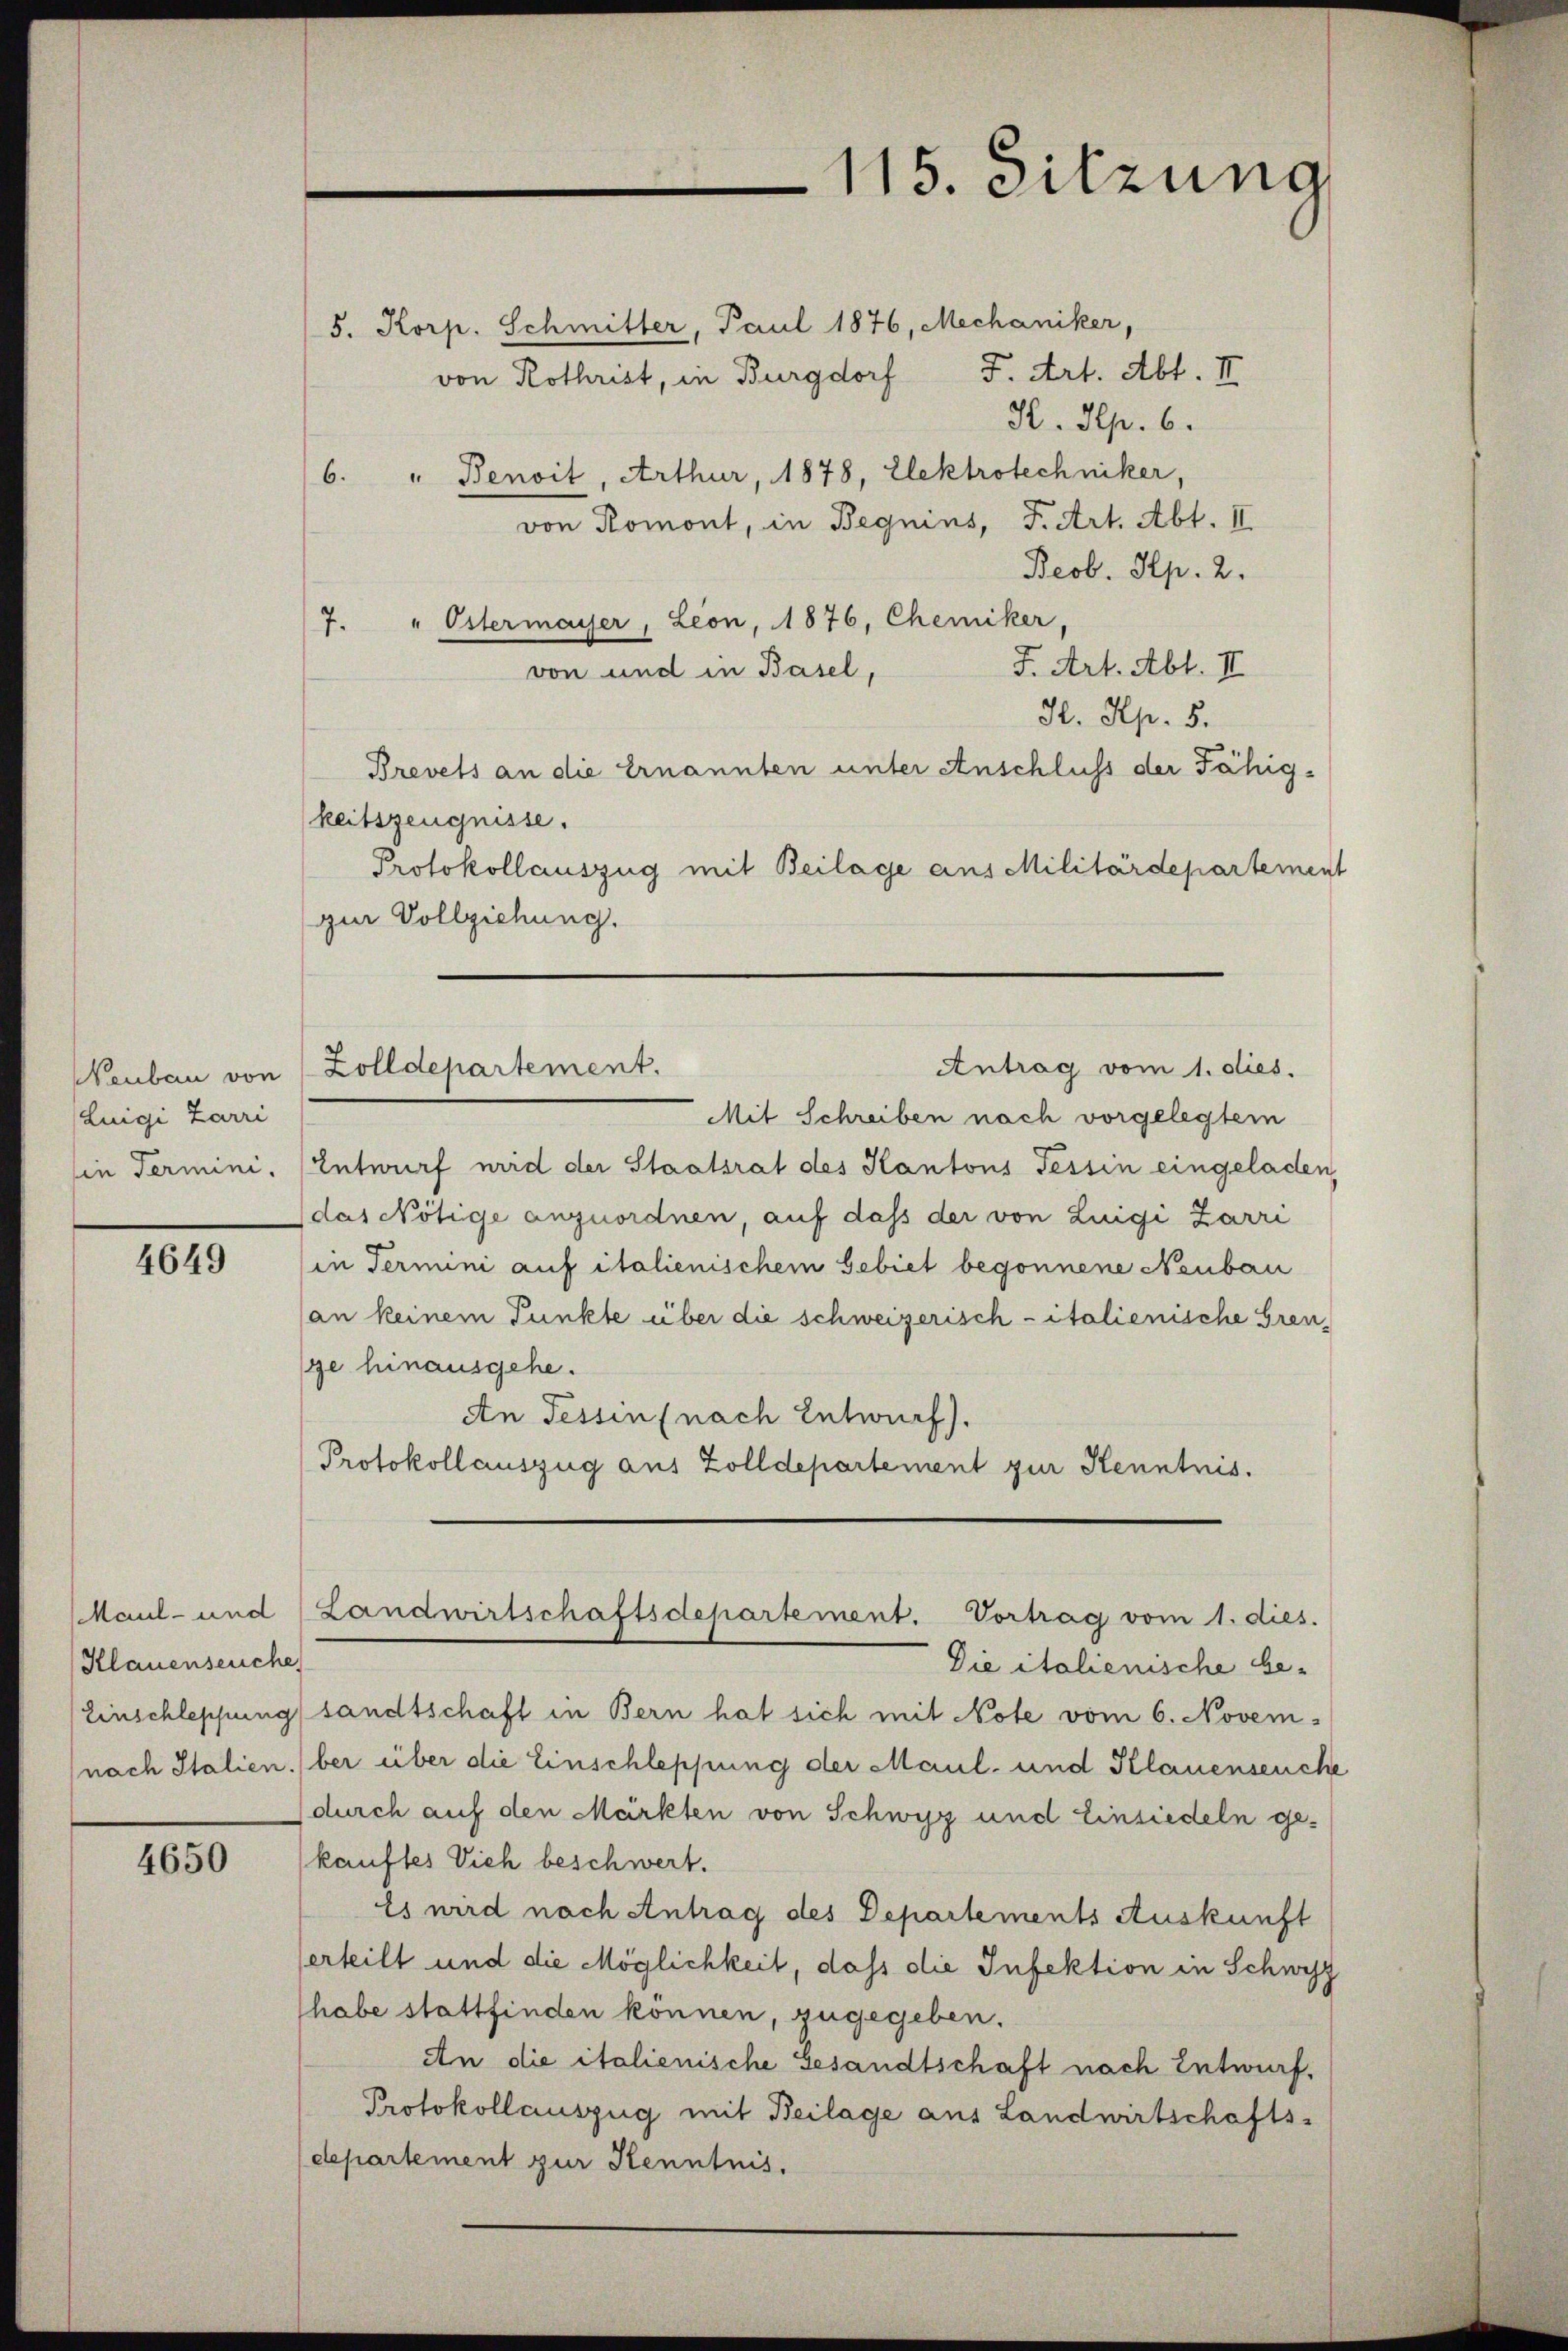
Neubau von
Luigi Zarri
in Termini.

4649

Maul- und
Klauenseuche

4650

5. Korp. Schmitter, Paul 1876, Mechaniker,
F. Art. Abt. II.
von Rothrist, in Burgdorf
H. Sep. 6.
6. " Benoit, Arthur, 1878, Elektrotechniker,
von Romont, in Begnins, F. Art. Abt. II.
Beob. Hp. 2.
7. " Ostermayser, Leon, 1876, Chemiker,
F. Art. Abt. II
von und in Basel,
H. Rp. 5.
Brevets an die Ernannten unter Anschluss der Fähigkeitszeugnisse.
Protokollauszug mit Beilage aus Militärdepartement
zur Vollziehung.
Mit Schreiben nach vorgelegtem
Entwurf wrid der Staatsrat des Kantons Tessin eingeladen,
das Nötige anzuordnen, auf dass der von Luigi Zarri
in Termini auf italienischem Gebiet begonnene Neubau
(an keinem Punkte über die schweizerisch - italienische Greuge hinausgehe.
An Fessen (nach Entwurf).
Protokollauszug aus Zolldepartement zur Kenntnis.
Landwirtschaftsdepartement. Vortrag vom 1. dies.
Die italienische be-
(Einschleppung sandtschaft in Bern hat sich mit Note vom 6. Novem¬
(nach Italien) bei über die Einschleppung der Maul- und Klauenseuche
(durch auf den Märkten von Schwyz und Einsiedeln gekauftes Vieh beschwert.
Es wird nach Antrag des Departements Auskunft
erteilt und die Möglichkeit, dass die Infektion in Schwyz
habe stattfinden können, zugegeben.
An die italienische Gesandtschaft nach Entwurf.
Protokollauszug mit Beilage aus Landwirtschafts-
departement zur Kenntnis.

1
15. Sitzung

Antrag vom 1. dies.
Zolldepartement.